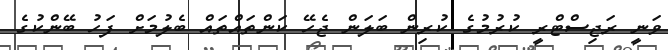
ވަނީ ރަޖިސްޓްރީ ކުރުމުގެ ކުރިން ބަލަން ޖެހޭ ކަންތައްތައް ބެލުމަށް ފަހު ބޭންކުގެ